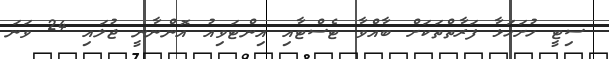
ސިޓީ ހުށަހަޅާ ފަރާތްތަކަށް ބާއްވާ ޓެސްޓާއި އިންޓަވިއު އޮންނާނީ ޖުލައި 24 ވަނަ